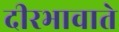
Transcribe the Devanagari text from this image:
दीरभावाते